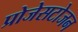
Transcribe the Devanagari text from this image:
प्रोजेसटोजन